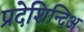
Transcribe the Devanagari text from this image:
प्रदेशिन्दिअ